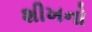
શીખનો